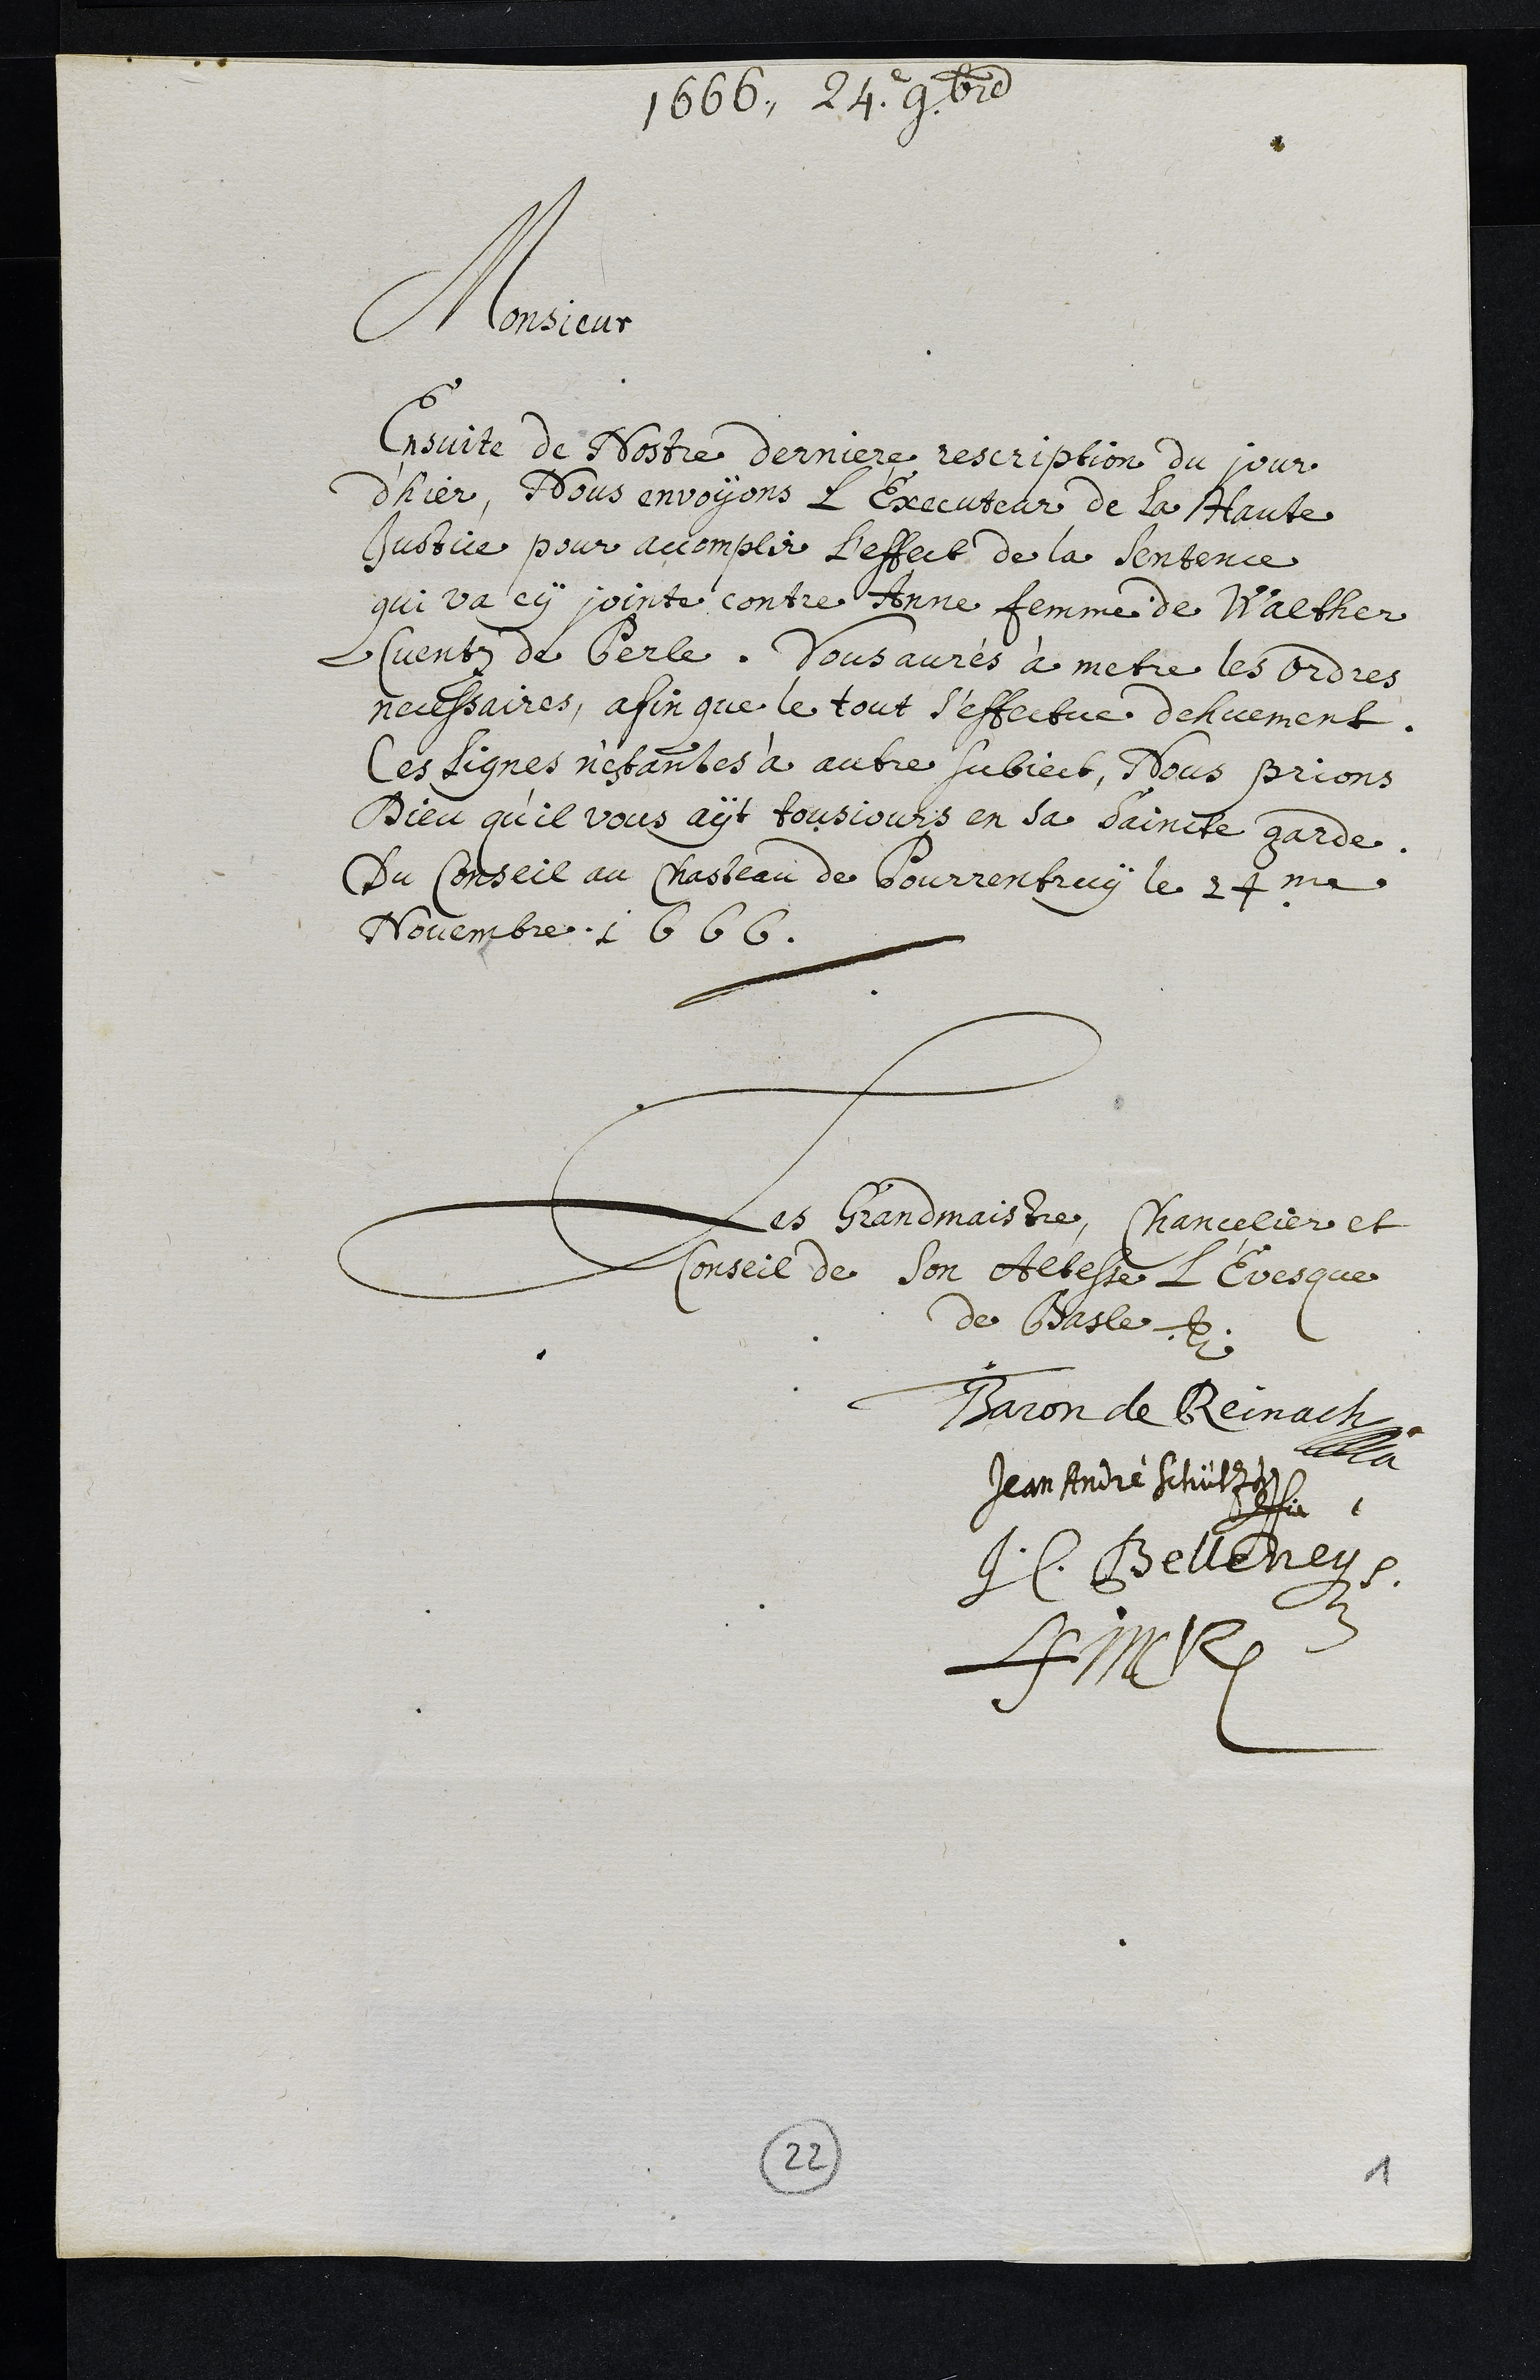
1666. 24. 9bre
Monsieur
Ensuite de Nostre derniere rescription du jour
d'hier, Nous envoyons L’Executeur de la Haute
Justice pour accomplir L'effect de la sentence
qui va cy jointe contre Anne femme de Walther
Cuentz de Perle. Vous aurés à metre les ordres
necessaires, afin que le tout s'effectue dehuement.
Ces Lignes n'estantes à autre subject, Nous prions
Dieu qu’il vous ayt tousjours en sa Saincte garde.
Du Conseil au Chasteau de Pourrentruy le 24me
Novembre 1666.
Les Grandmaistre, Chancelier et
Conseil de son Altesse L’Evesque
de Basle.
Baron de Reinach
Jean André Schütz
H. Belleney.
LFinck
22
1